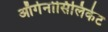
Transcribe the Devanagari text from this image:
ऑर्गेनोसिलिकेट